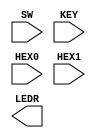
module eight(SW,KEY,HEX0,HEX1,LEDR);
	
	input [9:0]SW;
	input [0:0]KEY;
	input [6:0]HEX0,HEX1;
	output [0:0]LEDR;
	wire w0,w1,w2,w3,w4,w5,w6,w7;
	
	MyTFF t0(
		.clk(KEY[0]),
		.rset(SW[0]),
		.t(SW[1]),
		.q(w0)
	);
	
	MyTFF t1(
		.clk(KEY[0]),
		.rset(SW[0]),
		.t(SW[1] & w0),
		.q(w1)
	);
	
	MyTFF t2(
		.clk(KEY[0]),
		.rset(SW[0]),
		.t(SW[1] & w0 & w1),
		.q(w2)
	);
	
	MyTFF t3(
		.clk(KEY[0]),
		.rset(SW[0]),
		.t(SW[1] & w0 & w1 & w2),
		.q(w3)
	);
	
	MyTFF t4(
		.clk(KEY[0]),
		.rset(SW[0]),
		.t(SW[1] & w0 & w1 & w2 & w3),
		.q(w4)
	);
	
	MyTFF t5(
		.clk(KEY[0]),
		.rset(SW[0]),
		.t(SW[1] & w0 & w1 & w2 & w3 & w4),
		.q(w5)
	);
	
	MyTFF t6(
		.clk(KEY[0]),
		.rset(SW[0]),
		.t(SW[1] & w0 & w1 & w2 & w3 & w4 & w5),
		.q(w6)
	);
	
	MyTFF t7(
		.clk(KEY[0]),
		.rset(SW[0]),
		.t(SW[1] & w0 & w1 & w2 & w3 & w4 & w5 & w6),
		.q(w7)
	);
	
	
   sevesegments se1(
	     .s0(w0),
		  .s1(w1),
		  .s2(w2),
		  .s3(w3),
		  .m(HEX0)		 
	);
	
	sevesegments se2(
	     .s0(w4),
		  .s1(w5),
		  .s2(w6),
		  .s3(w7),
		  .m(HEX1)		 
	);

endmodule
	
module MyTFF(t,clk,rset,q);
	input t,clk,rset;
	reg q0;
	output q;
	always @(posedge clk, negedge rset)
		begin
			if(rset == 1'b0)
				q0 <= 1'b0;
			else if (t == 1'b1)
				q0 <= ~q0;
		end
	 assign q = q0;			
endmodule

module sevesegments(s0, s1, s2, s3, m);
    input s0, s1, s2, s3;
    output [6:0] m;
	 
    assign m[0] = ~s3 &  ~s2 &  ~s1 & s0
							| ~s3 & s2 & ~s1 & ~s0
							| s3 & s2 & ~s1 & s0 
							| s3 & ~s2 & s1 & s0;
					
	 assign m[1] = ~s3 &  s2 &  ~s1 & s0
							| s2 & s1 & ~s0
							|  s3 & s2 & ~s0
							|  s3 & s1 & s0;
    
	 assign m[2] = ~s3 & ~s2&  s1 & ~s0
							| s3 & s2 & s1 
							| s3 & s2 & ~s0; 
 
    assign m[3] = ~s3 &  s2 &  ~s1 & ~s0 
							| s3 & ~s2 & s1 & ~s0 
							| ~s2 & ~s1 & s0
							| s2 & s1 & s0;
 
    assign m[4] = ~s3 & s0 
							| ~s3 & s2 & ~s1
							| ~s2 & ~s1 & s0;
 
    assign m[5] = ~s3 &  ~s2 & s0
							| ~ s3 & ~s2 & s1
							|~ s3 & s1 & s0
							| s3 & s2 & ~s1 & s0;
					
	 assign m[6] = ~s3 &  ~s2 &  ~s1
							| ~s3 & s2 & s1 & s0
							| s3 & s2 & ~s1 & ~s0;
endmodule